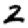
Digit: 2